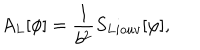
A _ { L } [ \phi ] = { \frac { 1 } { b ^ { 2 } } } S _ { L i o u v } [ \varphi ] ,